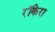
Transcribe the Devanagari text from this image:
रॉकेरा